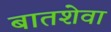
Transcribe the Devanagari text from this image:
बातशेवा